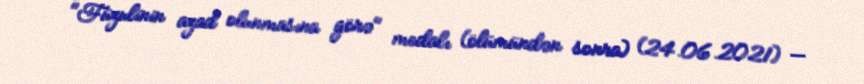
"Füzulinin azad olunmasına görə" medalı (ölümündən sonra) (24.06.2021) —